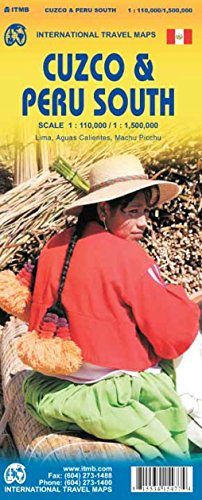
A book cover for Cuzco 1:110,000 & Peru South 1:1,5M 2011*** (International Travel Maps); ITM Canada; Travel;